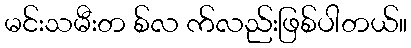
မင်းသမီးတ စ်လ က်လည်းဖြစ်ပါတယ်။